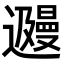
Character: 𬩩